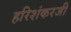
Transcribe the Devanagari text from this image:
हरिशंकरजी